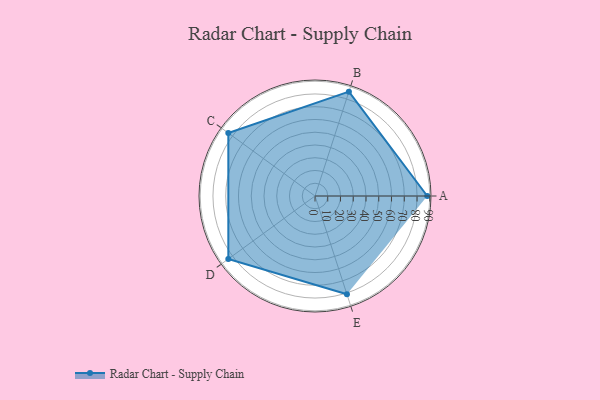
{"axis": {"x": "Skill", "y": "Score"}, "legend": ["Profile"], "data": [{"x": "A", "y": 88.0, "type": "Profile"}, {"x": "B", "y": 86.0, "type": "Profile"}, {"x": "C", "y": 84.0, "type": "Profile"}, {"x": "D", "y": 84.0, "type": "Profile"}, {"x": "E", "y": 81.0, "type": "Profile"}]}